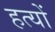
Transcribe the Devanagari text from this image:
हत्यों